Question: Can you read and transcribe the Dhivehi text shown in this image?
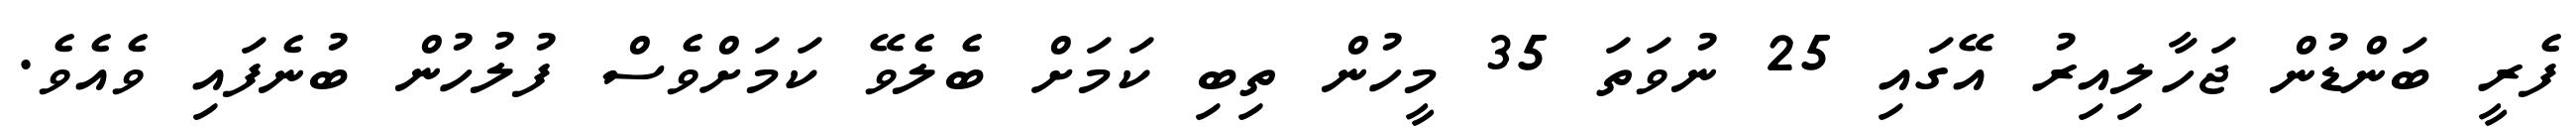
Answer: ފެރީ ބަންޑުން ޖަހާލިއިރު އޭގައި 25 ނުވަތަ 35 މީހުން ތިބި ކަމަށް ބެލެވޭ ކަމަށްވެސް ފުލުހުން ބުނެފައި ވެއެވެ.